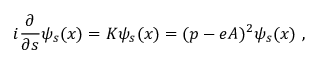
i \frac { \partial } { \partial s } \psi _ { s } ( x ) = K \psi _ { s } ( x ) = ( p - e A ) ^ { 2 } \psi _ { s } ( x ) \ ,